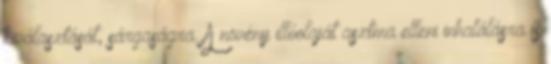
kiválasztását, sárgaságra. A növény illóolaját asztma elleni inhalálásra is